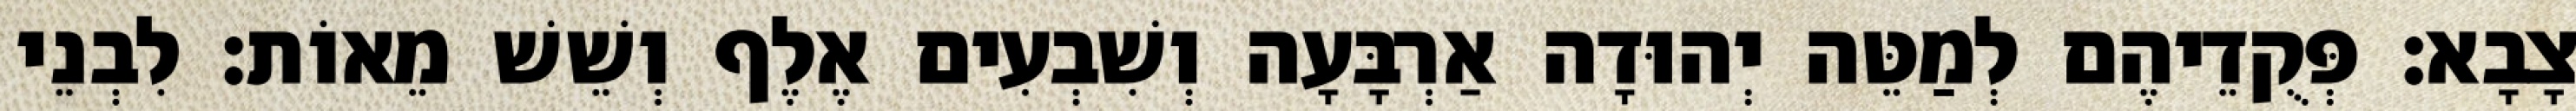
צָבָא׃ פְּקֻדֵיהֶם לְמַטֵּה יְהוּדָה אַרְבָּעָה וְשִׁבְעִים אֶלֶף וְשֵׁשׁ מֵאוֹת׃ לִבְנֵי